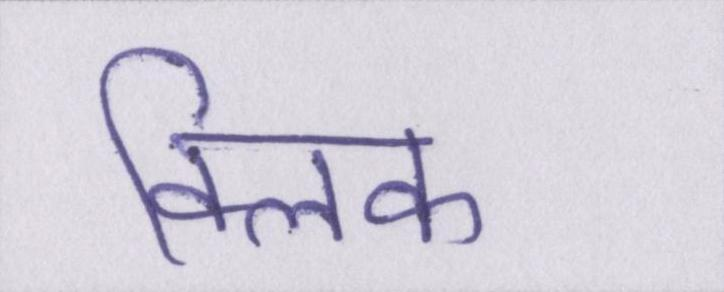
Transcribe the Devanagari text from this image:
क्लिक